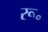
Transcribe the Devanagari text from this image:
रू॰